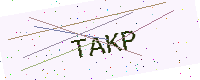
Text: TAKP